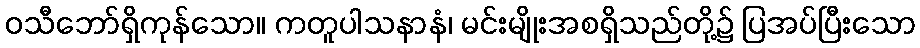
ဝသီဘော်ရှိကုန်သော။ ကတူပါသနာနံ၊ မင်းမျိုးအစရှိသည်တို့၌ ပြအပ်ပြီးသော